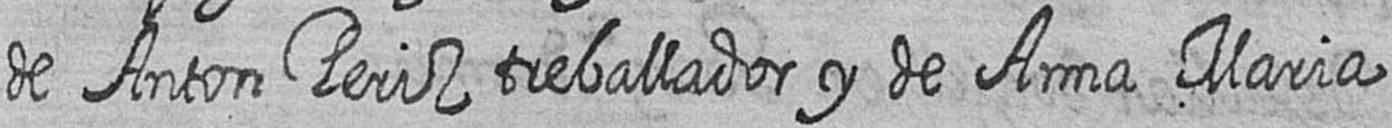
de Anton Periz treballador y de Anna Maria